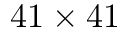
4 1 \times 4 1